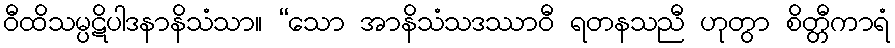
ဝီထိသမ္ပဋိပါဒနာနိသံသာ။ “သော အာနိသံသဒဿာဝီ ရတနသညီ ဟုတွာ စိတ္တီကာရံ